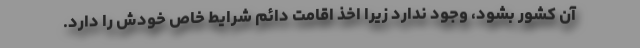
آن کشور بشود، وجود ندارد زیرا اخذ اقامت دائم شرایط خاص خودش را دارد.